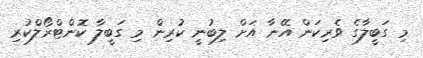
މި ގަބީލާގެ ވެރިކަން އޭނާ އަށް ލިބުނީ ކުރިން މި ގަބީލާ ކޮންޓްރޯލްކުރި